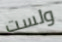
ولست